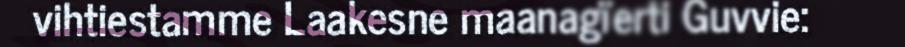
vihtiestamme Laakesne maanagïerti Guvvie: